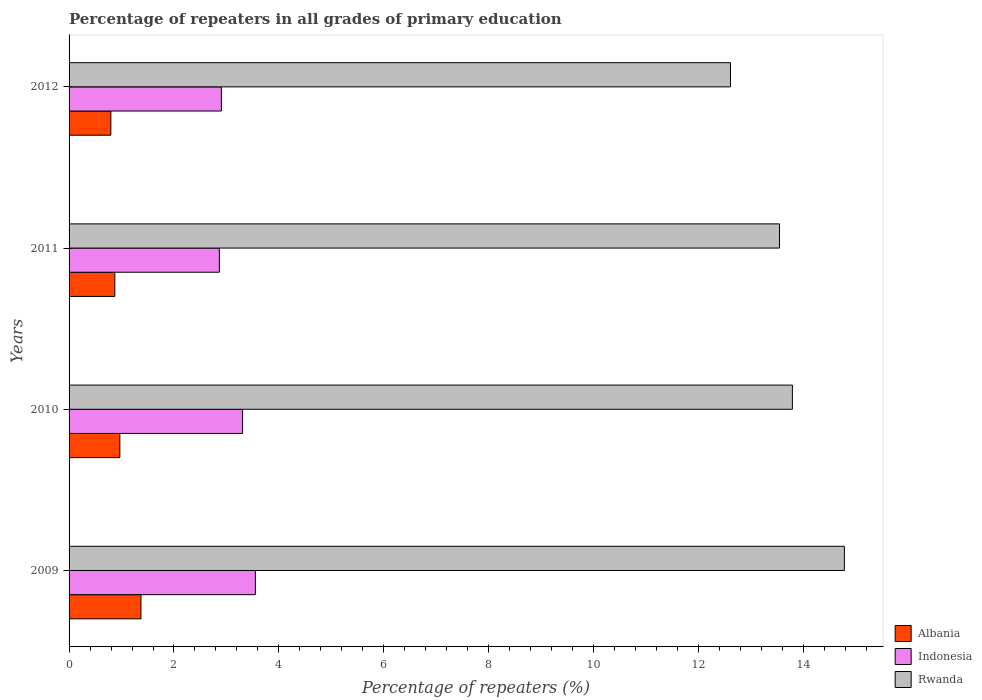
| Years | Albania | Indonesia | Rwanda |
 | --- | --- | --- | --- |
 | 2009 | 1.37 | 3.55 | 14.8 |
 | 2010 | 0.969 | 3.31 | 13.8 |
 | 2011 | 0.872 | 2.86 | 13.5 |
 | 2012 | 0.797 | 2.9 | 12.6 |